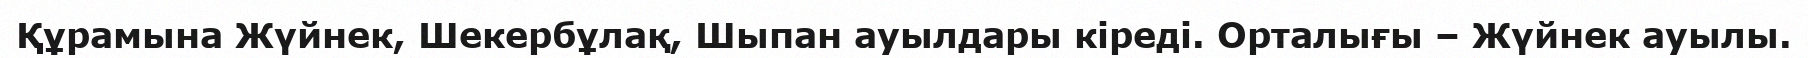
Құрамына Жүйнек, Шекербұлақ, Шыпан ауылдары кіреді. Орталығы – Жүйнек ауылы.